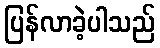
ပြန်လာခဲ့ပါသည်